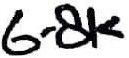
Text: 6.8K